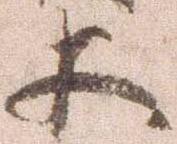
等